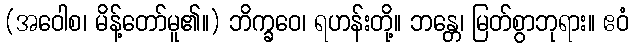
(အဝေါစ၊ မိန့်တော်မူ၏။) ဘိက္ခဝေ၊ ရဟန်းတို့။ ဘန္တေ၊ မြတ်စွာဘုရား။ ဧဝံ